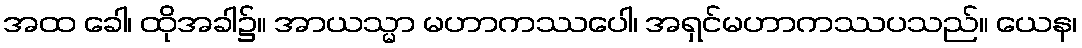
အထ ခေါ၊ ထိုအခါ၌။ အာယသ္မာ မဟာကဿပေါ၊ အရှင်မဟာကဿပသည်။ ယေန၊